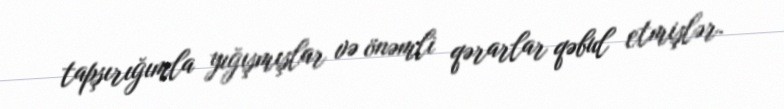
tapşırığımla yığışmışlar və önəmli qərarlar qəbul etmişlər.